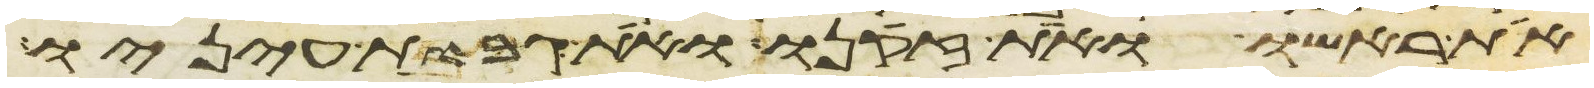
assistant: את ראשו ואת זקנו ואת גבות עיניו